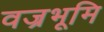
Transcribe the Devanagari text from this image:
वज्रभूमि